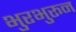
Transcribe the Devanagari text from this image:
भुरभुरून